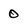
Character: 0